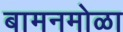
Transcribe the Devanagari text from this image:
बामनमोळा